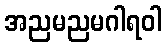
အညမညမဂါရဝါ